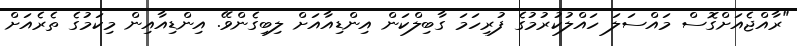
"ރާއްޖެއަށްގޮސް މައްސަލަ ހައްލުކުރުމުގެ ފުރިހަމަ ގާބިލްކަން އިންޑިއާއަށް ލިބިގެންވޭ. އިންޑިއާއިން މިކަމުގެ ތެރެއަށް